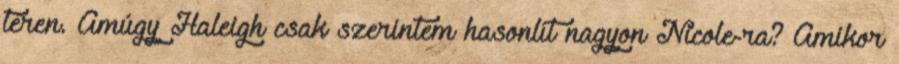
téren. Amúgy Haleigh csak szerintem hasonlít nagyon Nicole-ra? Amikor